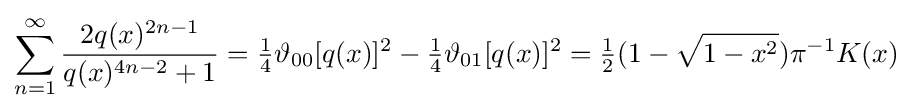
\sum _{n=1}^{\infty }{\frac {2q(x)^{2n-1}}{q(x)^{4n-2}+1}}={\tfrac {1}{4}}\vartheta _{00}[q(x)]^{2}-{\tfrac {1}{4}}\vartheta _{01}[q(x)]^{2}={\tfrac {1}{2}}(1-{\sqrt {1-x^{2}}})\pi ^{-1}K(x)